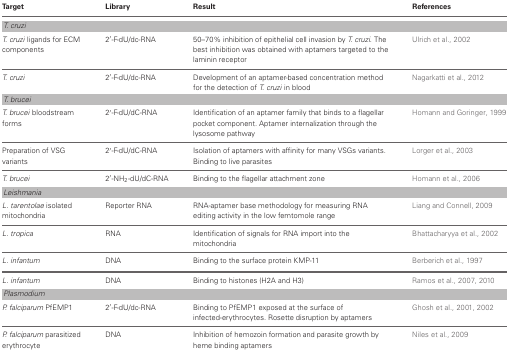
<table><thead><tr><td><b>Target</b></td><td><b>Library</b></td><td><b>Result</b></td><td><b>References</b></td></tr></thead><tbody><tr><td colspan="4"><i>T. cruzi</i></td></tr><tr><td><i>T. cruzi</i> ligands for ECM components</td><td>2′-F-dU/dc-RNA</td><td>50–70% inhibition of epithelial cell invasion by <i>T. cruzi</i>. The best inhibition was obtained with aptamers targeted to the laminin receptor</td><td>Ulrich et al., 2002</td></tr><tr><td><i>T. cruzi</i></td><td>2′-F-dU/dc-RNA</td><td>Development of an aptamer-based concentration method for the detection of <i>T. cruzi</i> in blood</td><td>Nagarkatti et al., 2012</td></tr><tr><td colspan="4"><i>T. brucei</i></td></tr><tr><td><i>T. brucei</i> bloodstream forms</td><td>2′-F-dU/dC-RNA</td><td>Identification of an aptamer family that binds to a flagellar pocket component. Aptamer internalization through the lysosome pathway</td><td>Homann and Goringer, 1999</td></tr><tr><td>Preparation of VSG variants</td><td>2′-F-dU/dC-RNA</td><td>Isolation of aptamers with affinity for many VSGs variants. Binding to live parasites</td><td>Lorger et al., 2003</td></tr><tr><td><i>T. brucei</i></td><td>2′-NH<sub>2</sub>-dU/dC-RNA</td><td>Binding to the flagellar attachment zone</td><td>Homann et al., 2006</td></tr><tr><td colspan="4"><i>Leishmania</i></td></tr><tr><td><i>L. tarentolae</i> isolated mitochondria</td><td>Reporter RNA</td><td>RNA-aptamer base methodology for measuring RNA editing activity in the low femtomole range</td><td>Liang and Connell, 2009</td></tr><tr><td><i>L. tropica</i></td><td>RNA</td><td>Identification of signals for RNA import into the mitochondria</td><td>Bhattacharyya et al., 2002</td></tr><tr><td><i>L. infantum</i></td><td>DNA</td><td>Binding to the surface protein KMP-11</td><td>Berberich et al., 1997</td></tr><tr><td><i>L. infantum</i></td><td>DNA</td><td>Binding to histones (H2A and H3)</td><td>Ramos et al., 2007, 2010</td></tr><tr><td colspan="4"><i>Plasmodium</i></td></tr><tr><td><i>P. falciparum</i> PfEMP1</td><td>2′-F-dU/dc-RNA</td><td>Binding to PfEMP1 exposed at the surface of infected-erythrocytes. Rosette disruption by aptamers</td><td>Ghosh et al., 2001, 2002</td></tr><tr><td><i>P. falciparum</i> parasitized erythrocyte</td><td>DNA</td><td>Inhibition of hemozoin formation and parasite growth by heme binding aptamers</td><td>Niles et al., 2009</td></tr></tbody></table>